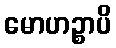
မောဟဉ္စာပိ